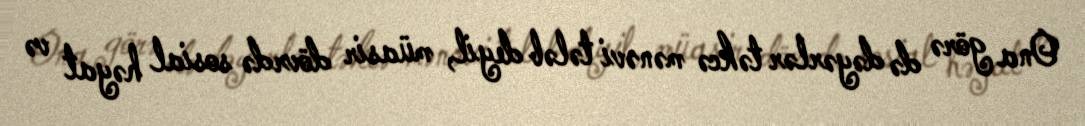
Ona görə də dəyərlər təkcə mənəvi tələb deyil, müasir dövrdə sosial həyat və